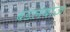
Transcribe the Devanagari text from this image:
बंडलबाज़